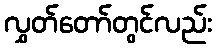
လွှတ်တော်တွင်လည်း